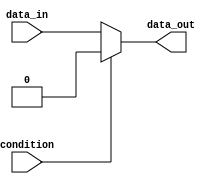
module if_else_negation (
    input wire condition,
    input wire data_in,
    output reg data_out
);

always @(*) begin
    if (~condition) begin
        data_out <= data_in; // execute if condition is false
    end else begin
        data_out <= 0; // execute if condition is true
    end
end

endmodule